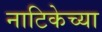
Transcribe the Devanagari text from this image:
नाटिकेच्या